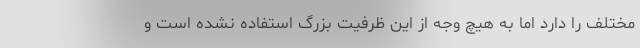
مختلف را دارد اما به هیچ وجه از این ظرفیت بزرگ استفاده نشده است و